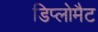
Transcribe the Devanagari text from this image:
डिप्लोमैट